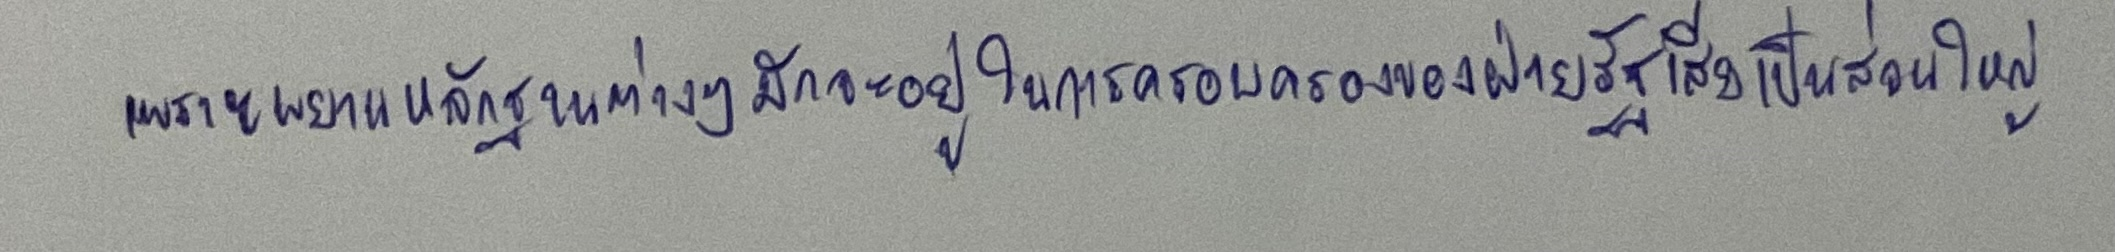
เพราะพยานหลักฐานต่างๆมักจะอยู่ในการครอบครองของฝ่ายรัฐเสียเป็นส่วนใหญ่